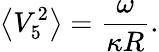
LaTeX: \left<V_{5}^{2}\right>=\frac{\omega}{\kappa R}.